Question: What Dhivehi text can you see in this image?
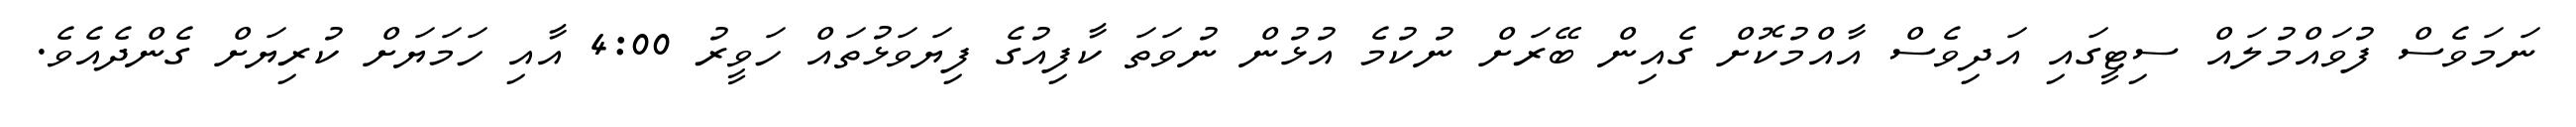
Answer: ނަމަވެސް ފުވައްމުލައް ސިޓީގައި އަދިވެސް އާއްމުކޮށް ގެއިން ބޭރަށް ނުކުމެ އުޅުން ނުވަތަ ކާފިއުގެ ފިޔަވަޅުތައް ހަވީރު 4:00 އާއި ހަމަޔަށް ކުރިޔަށް ގެންދެއެވެ.